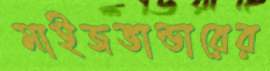
মাইজভান্ডারের